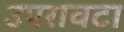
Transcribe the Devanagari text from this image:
उपरावटा